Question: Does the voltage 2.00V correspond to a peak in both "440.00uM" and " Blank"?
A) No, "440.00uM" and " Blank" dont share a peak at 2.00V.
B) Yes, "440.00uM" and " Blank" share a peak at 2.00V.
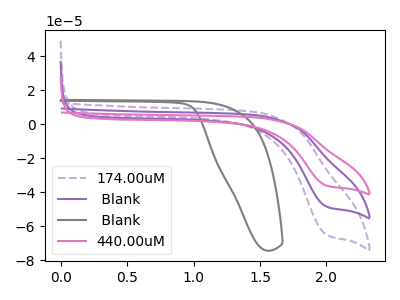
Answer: <think>The purple dashed curve "174.00uM" has a cathodic peak at: (2.00V, -64.85uA). The purple curve " Blank" has a cathodic peak at: (2.00V, -48.30uA). The gray curve " Blank" has no peaks. The pink curve "440.00uM" has a cathodic peak at: (2.00V, -96.60uA).</think>
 <answer>B) Yes, "440.00uM" and " Blank" share a peak at 2.00V.</answer>
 <eval>B</eval>